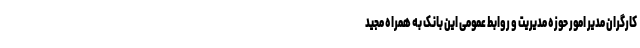
کارگران مدیر امور حوزه مدیریت و روابط عمومی این بانک به همراه مجید